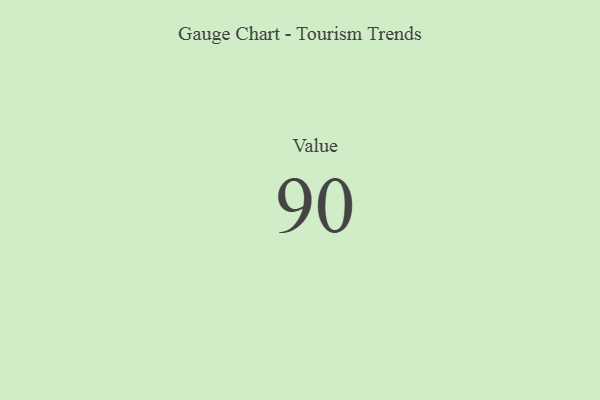
{"axis": {"x": "Metric", "y": "Value"}, "legend": [""], "data": [{"x": "Value", "y": 90, "type": ""}]}